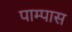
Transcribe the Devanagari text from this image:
पाम्पास